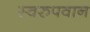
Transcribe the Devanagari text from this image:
स्वरुपवान